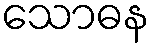
သောဓန